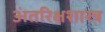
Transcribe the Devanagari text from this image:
अंतरिक्षशास्त्र